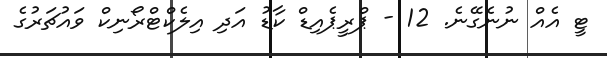
ޓީ އެއް ނުނެގޭނެ. 12 - ޕްރީޕެއިޑް ކާޑު އަދި އިލެކްޓްރޯނިކް ވައުޗަރުގެ